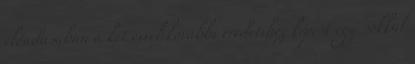
előadásában a két évvel korábbi eredetihez képest egy sokkal